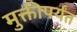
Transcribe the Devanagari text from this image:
मुक्तीपर्यंत